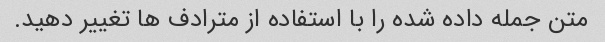
متن جمله داده شده را با استفاده از مترادف ها تغییر دهید.